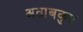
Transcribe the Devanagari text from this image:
अताबकुए